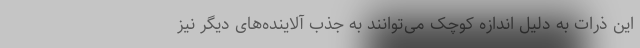
این ذرات به دلیل اندازه کوچک می‌توانند به جذب آلاینده‌های دیگر نیز